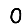
Digit: 0